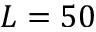
L = 5 0